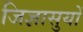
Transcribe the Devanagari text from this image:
जिज्ञासुयों